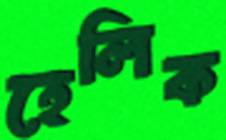
হেলিক